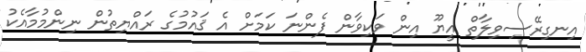
އިނގިރޭސިވިލާތް އީޔޫ އިން ވަކިވާން ފެންނަ ކަމަށް އެ ޤައުމުގެ ރައްޔިތުން ނިންމުމާއެކު